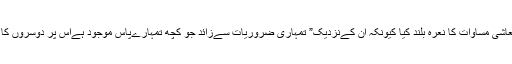
آپ نےمعاشی مساوات کا نعرہ بلند کیا کیونکہ ان کےنزدیک” تمہاری ضروریات سےزائد جو کچھ تمہارےپاس موجود ہےاس پر دوسروں کا حق ہی“۔